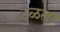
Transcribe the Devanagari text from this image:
टळता